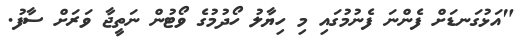
"އަޅުގަނޑަށް ފެންނަ ފެނުމުގައި މި ހިޔާލު ހޯދުމުގެ ވޯޓުން ނަތީޖާ ވަރަށް ސާފު.